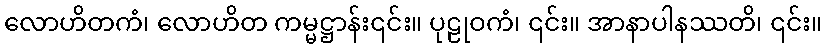
လောဟိတကံ၊ လောဟိတ ကမ္မဋ္ဌာန်း၎င်း။ ပုဠုဝကံ၊ ၎င်း။ အာနာပါနဿတိ၊ ၎င်း။